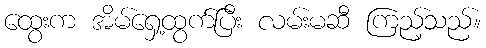
ထွေးက အိမ်ရှေ့ထွက်ပြီး လမ်းမဆီ ကြည့်သည်။